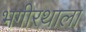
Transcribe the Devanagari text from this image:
भगीरथाला